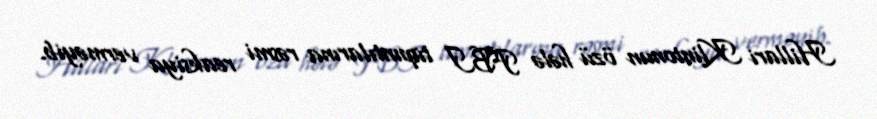
Hillari Klintonun özü hələ FBI tapıntılarına rəsmi reaksiya verməyib.